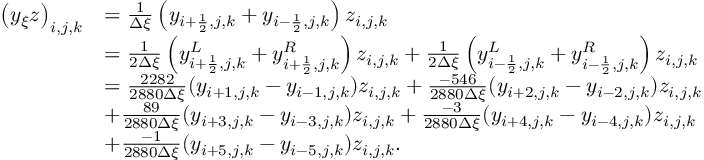
\begin{array} { r l } { \left( y _ { \xi } z \right) _ { i , j , k } } & { = \frac { 1 } { \Delta \xi } \left( y _ { i + \frac { 1 } { 2 } , j , k } + y _ { i - \frac { 1 } { 2 } , j , k } \right) z _ { i , j , k } } \\ & { = \frac { 1 } { 2 \Delta \xi } \left( y _ { i + \frac { 1 } { 2 } , j , k } ^ { L } + y _ { i + \frac { 1 } { 2 } , j , k } ^ { R } \right) z _ { i , j , k } + \frac { 1 } { 2 \Delta \xi } \left( y _ { i - \frac { 1 } { 2 } , j , k } ^ { L } + y _ { i - \frac { 1 } { 2 } , j , k } ^ { R } \right) z _ { i , j , k } } \\ & { = \frac { 2 2 8 2 } { 2 8 8 0 \Delta \xi } ( y _ { i + 1 , j , k } - y _ { i - 1 , j , k } ) z _ { i , j , k } + \frac { - 5 4 6 } { 2 8 8 0 \Delta \xi } ( y _ { i + 2 , j , k } - y _ { i - 2 , j , k } ) z _ { i , j , k } } \\ & { + \frac { 8 9 } { 2 8 8 0 \Delta \xi } ( y _ { i + 3 , j , k } - y _ { i - 3 , j , k } ) z _ { i , j , k } + \frac { - 3 } { 2 8 8 0 \Delta \xi } ( y _ { i + 4 , j , k } - y _ { i - 4 , j , k } ) z _ { i , j , k } } \\ & { + \frac { - 1 } { 2 8 8 0 \Delta \xi } ( y _ { i + 5 , j , k } - y _ { i - 5 , j , k } ) z _ { i , j , k } . } \end{array}